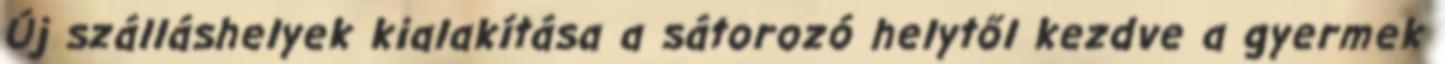
Új szálláshelyek kialakítása a sátorozó helytől kezdve a gyermek